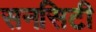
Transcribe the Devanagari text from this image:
सनसिटी